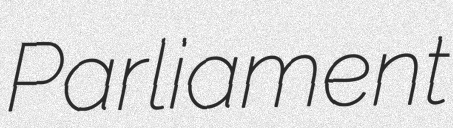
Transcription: Parliament